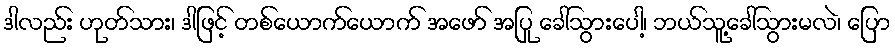
ဒါလည်း ဟုတ်သား၊ ဒါဖြင့် တစ်ယောက်ယောက် အဖော် အပြု ခေါ်သွားပေါ့၊ ဘယ်သူ့ခေါ်သွားမလဲ၊ ပြော